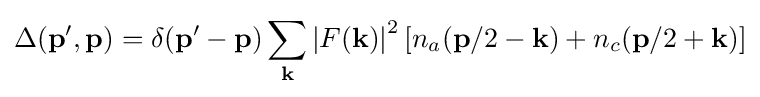
\Delta (\mathbf {p} ^{\prime },\mathbf {p} )=\delta (\mathbf {p} ^{\prime }-\mathbf {p} )\sum _{\mathbf {k} }\left|F(\mathbf {k} )\right|^{2}\left[n_{a}(\mathbf {p} /2-\mathbf {k} )+n_{c}(\mathbf {p} /2+\mathbf {k} )\right]